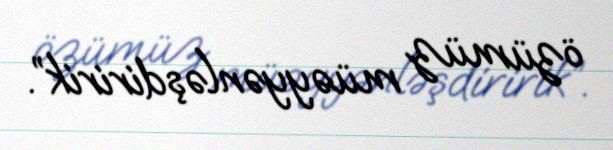
özümüz müəyyənləşdiririk”.